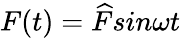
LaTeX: F(t)={\widehat{F}}sin\omega t